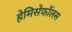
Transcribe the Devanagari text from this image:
हेमिसेफॉलस